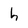
Character: h